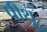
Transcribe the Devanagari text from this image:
पीथू